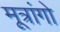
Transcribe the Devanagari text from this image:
मूत्रांगो